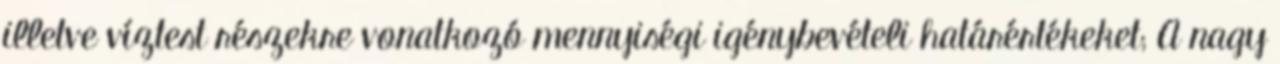
illetve víztest részekre vonatkozó mennyiségi igénybevételi határértékeket; A nagy